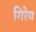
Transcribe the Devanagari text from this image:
गिरेय